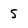
Character: 5